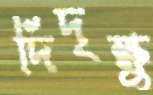
দিদৃক্ষু